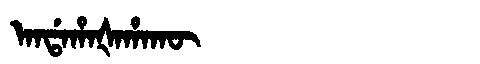
Manchu: ᠠᠨᡩᠠᡥᠠᡧᠠᡥᠠᡴᡡ
Romanization: ANDAHAŠAHAKŪ